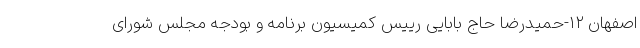
اصفهان ۱۲-حمیدرضا حاج بابایی رییس کمیسیون برنامه و بودجه مجلس شورای